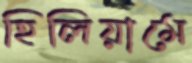
হিলিয়ামে